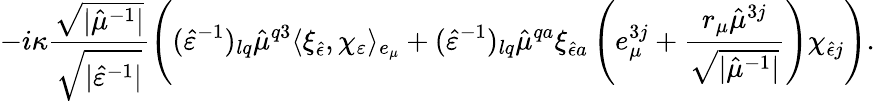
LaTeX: -i\kappa\frac{\sqrt{\vert\hat{\mu}^{-1}\vert}}{\sqrt{\vert\hat{\varepsilon}^{-1}\vert}}\left((\hat{\varepsilon}^{-1})_{lq}\hat{\mu}^{q3}\langle\xi_{\hat{\epsilon}},\chi_{\varepsilon}\rangle_{e_{\mu}}+(\hat{\varepsilon}^{-1})_{lq}\hat{\mu}^{qa}\xi_{\hat{\epsilon}a}\left(e_{\mu}^{3j}+\frac{r_{\mu}\hat{\mu}^{3j}}{\sqrt{\vert\hat{\mu}^{-1}\vert}}\right)\chi_{\hat{\epsilon}j}\right).